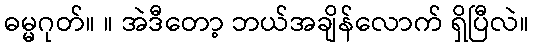
ဓမ္မဂုတ်။ ။ အဲဒီတော့ ဘယ်အချိန်လောက် ရှိပြီလဲ။